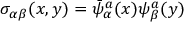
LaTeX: \sigma _ { \alpha \beta } ( x , y ) = \bar { \psi } _ { \alpha } ^ { a } ( x ) \psi _ { \beta } ^ { a } ( y )